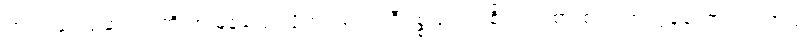
ကျုပ် ဂျေရုဆလင်ကို အမြန်ပြေးလိုက်ပါ့မယ်၊ ဒီပစ္စည်းက စိတ်ဝင်စားစရာ အလွန်ကောင်းပါတယ်